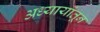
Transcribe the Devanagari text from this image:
अध्यायांतून